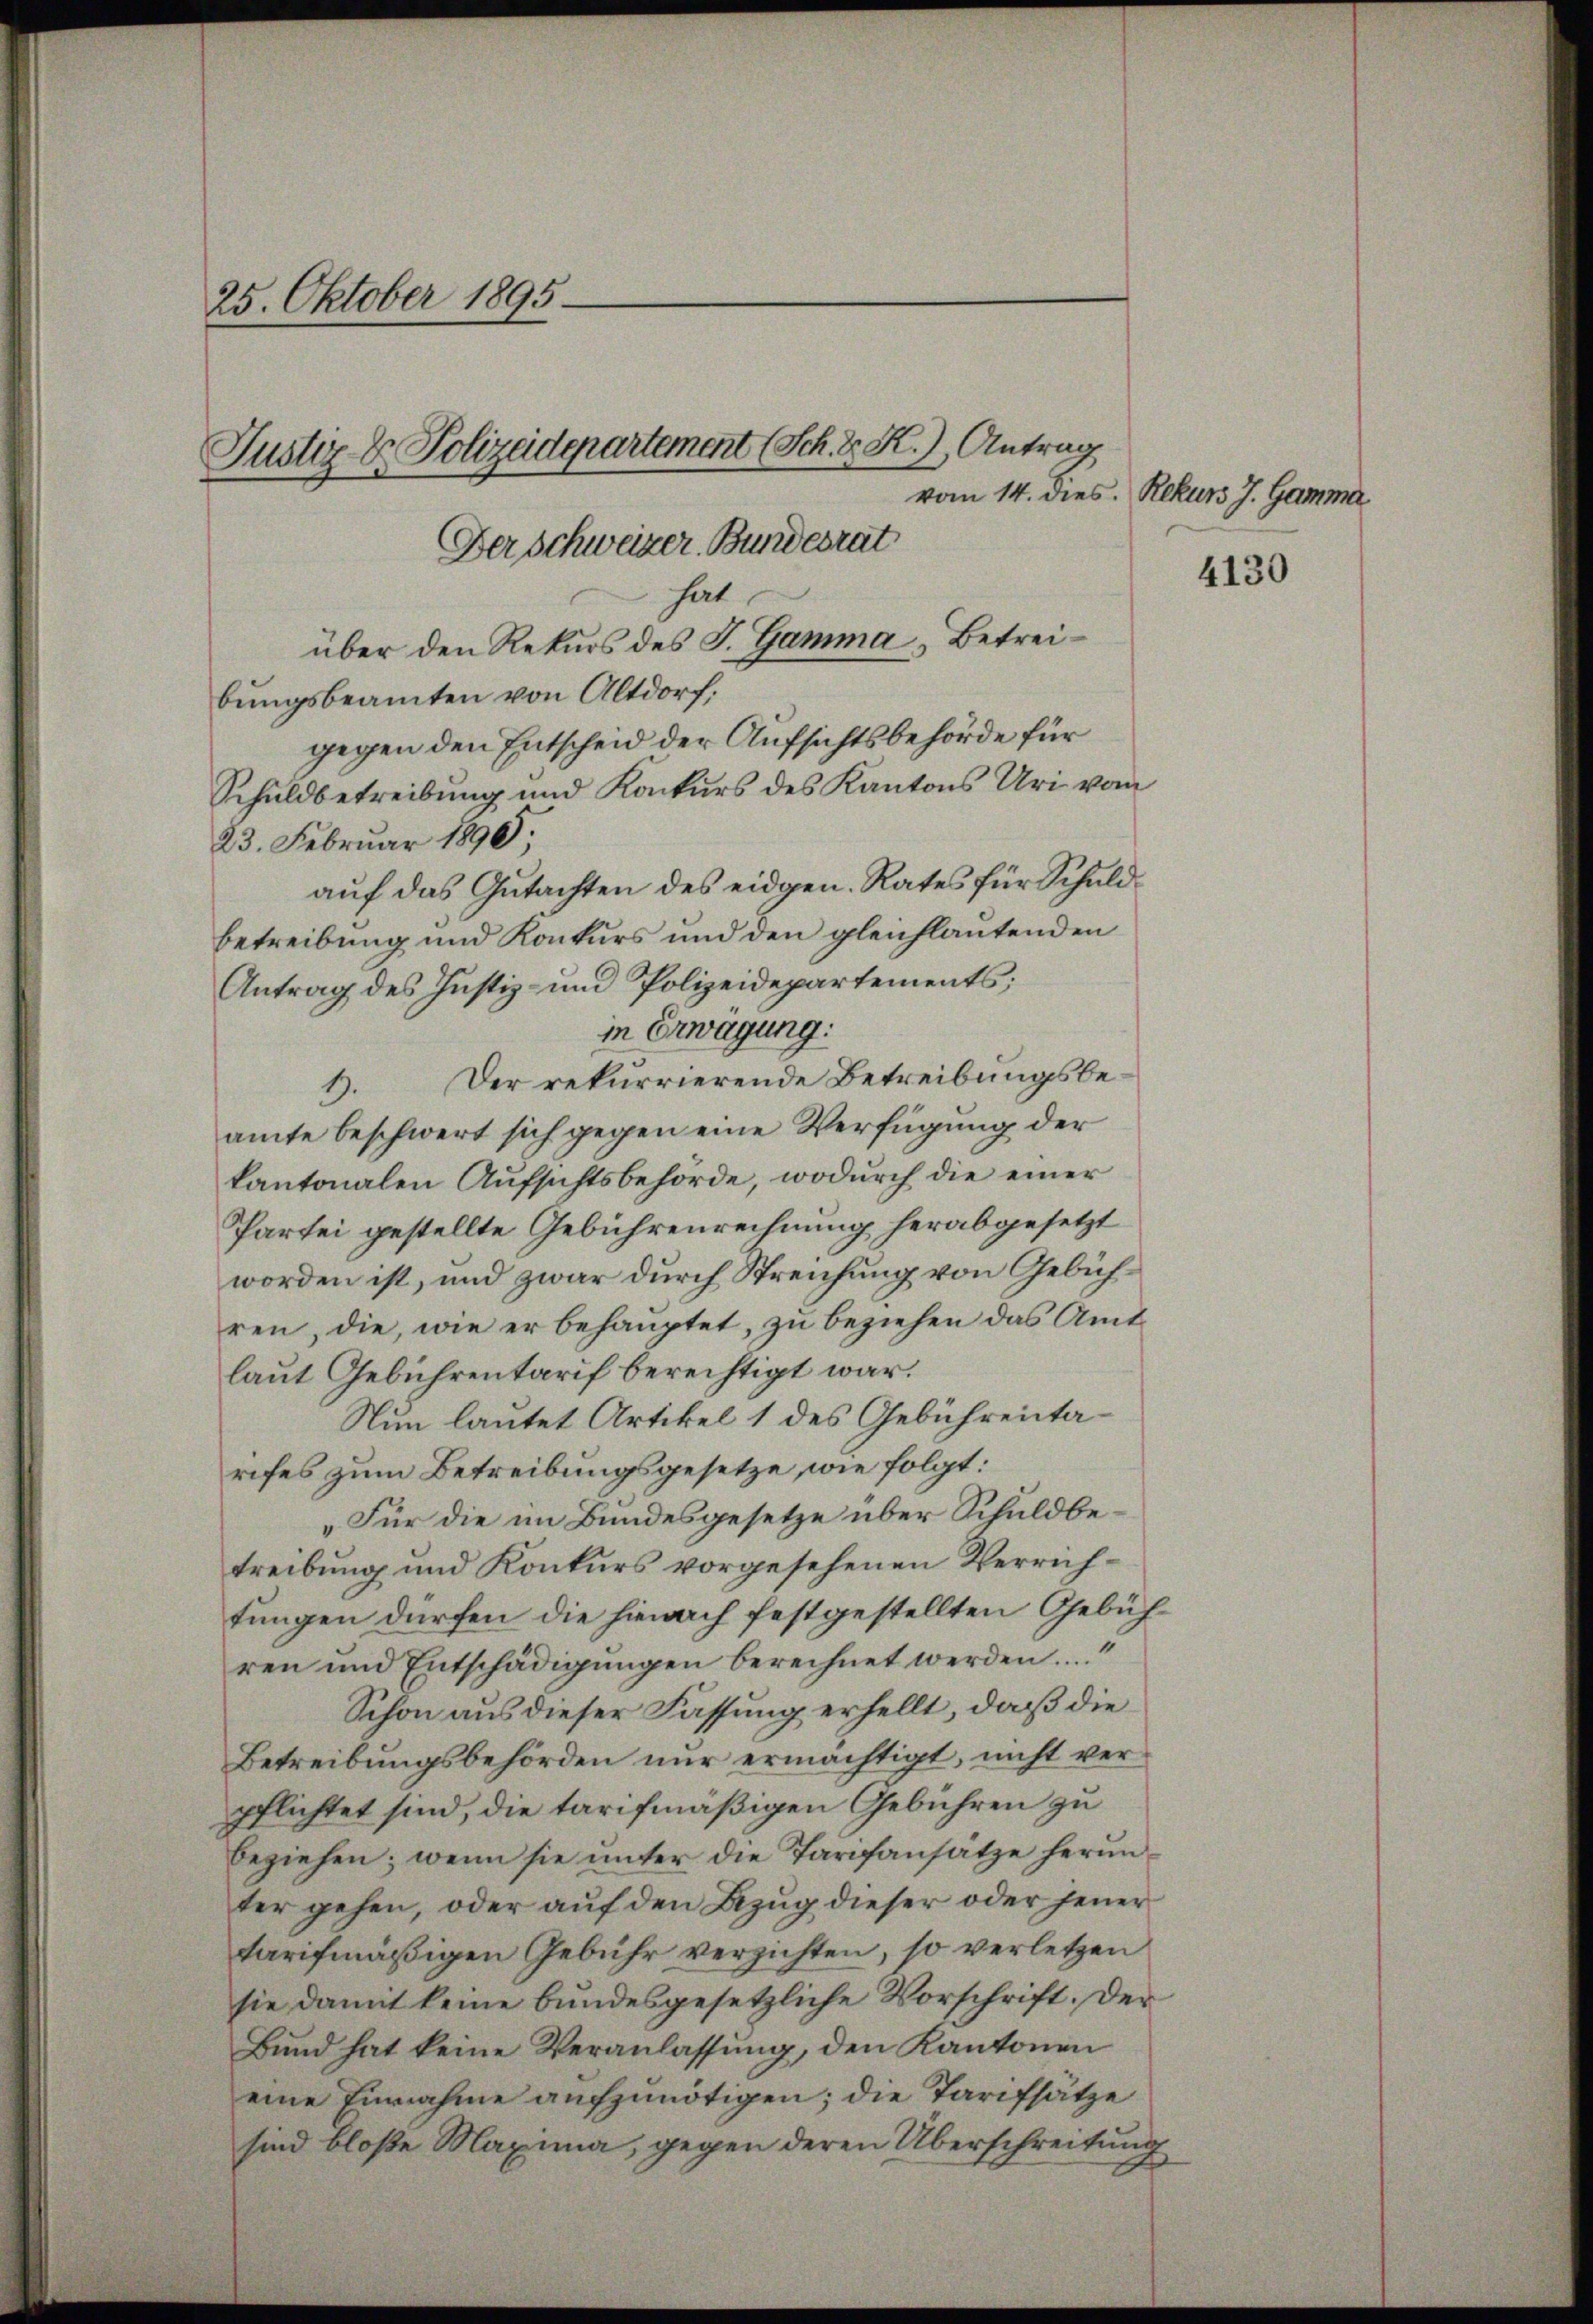
25. Oktober 1895.
Justiz- & Polizeidepartement (Sch. D. R.), Antrag
vom 14. dies. Rekurs J. Gamma
Der Schweizer. Bundesrat

bungsbeamten von Altdorf,
gegen den Entscheid der Aufsichtsbehörde für
Schuldbetreibung und Konkurs des Kantons Uri vom
23. Februar 1890;
aŭf das Gŭtachten des eidgen. Rates für Schuld-
betreibung und Konkurs und den gleichlautenden
Antrag des Justiz- und Polizeidepartements;
in Erwägung:
1. Der rekurrierende Betreibungsbeamte beschwert sich gegen eine Verfügung der
kantonalen Aufsichtsbehörde, wodurch die einer
Partei gestellte Gebührenrechnung herabgesetzt
worden ist, und zwar durch Streichung von Gebühren, die, wie er behauptet, zu beziehen das Amt
laut Gebührentarif berechtigt war.
Nun lautet Artikel 1 des Gebührentarifes zum Betreibungsgesetze, wie folgt:
„Für die im Bundesgesetze über Schuldbetreibung und Konkurs vorgesehenen Verrichtungen dürfen die hienach festgestellten Gebühren und Entschädigŭngen berechnet werden.
Schon aus dieser Fassung erhellt, daß die
Betreibungsbehörden nur ermächtigt, nicht verpflichtet sind, die tarifmäßigen Gebühren zu
beziehen; wenn sie ŭnter die Tarifansätze herŭn-
ter gehen, oder auf den Bezug dieser oder jener
tarifmäßigen Gebühr verzichten, so verletzen
sie damit keine bundesgesetzliche Vorschrift. Der
Bund hat keine Veranlassung, den Kantonen
eine Einnahme aufzunötigen; die Tarifsätze
sind bloße Maxima, gegen deren Überschreitung

hat
über den Rekurs des J. Gamma, Betrei¬

4130